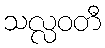
သလ္လဝတီ